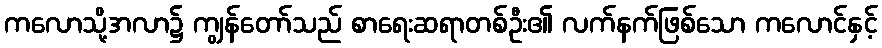
ကလောသို့အလာ၌ ကျွန်တော်သည် စာရေးဆရာတစ်ဦး၏ လက်နက်ဖြစ်သော ကလောင်နှင့်